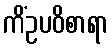
ကိံဥပဝိစာရာ